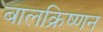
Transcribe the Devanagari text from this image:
बालक्रिष्णन